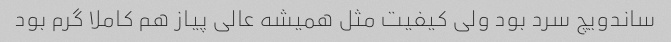
ساندویچ سرد بود ولی کیفیت مثل همیشه عالی پیاز هم کاملا گرم بود